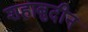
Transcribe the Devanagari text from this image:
शहाबुदीन